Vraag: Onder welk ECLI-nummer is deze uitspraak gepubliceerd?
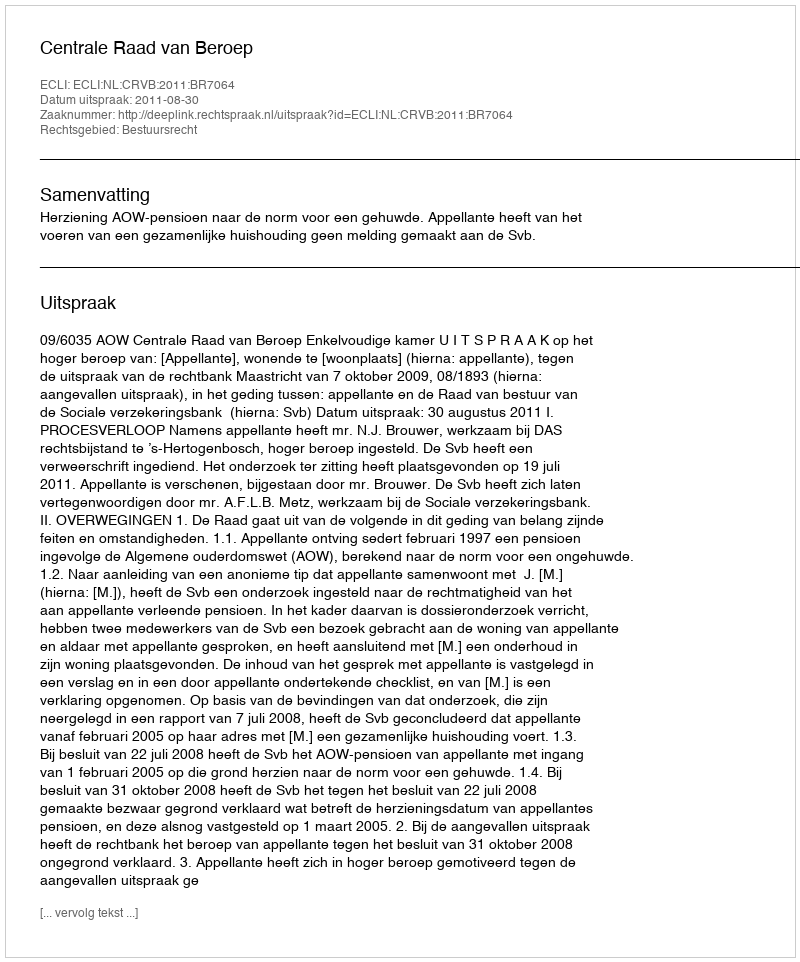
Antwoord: ECLI:NL:CRVB:2011:BR7064